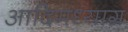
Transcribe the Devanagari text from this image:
आदिमध्याग्र